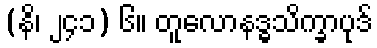
(နိ၊ ၂၄၁) ၆။ တူလောနဒ္ဓသိက္ခာပုဒ်